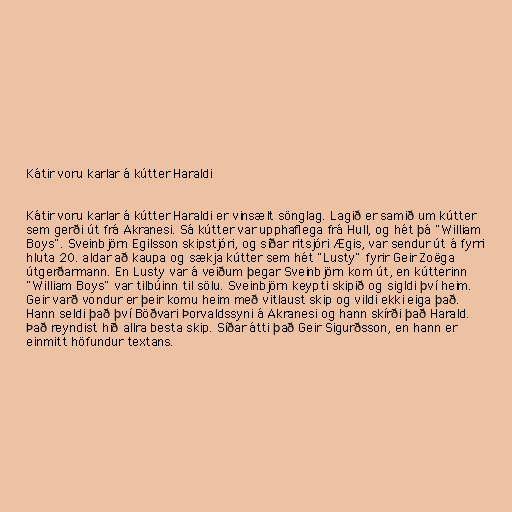
Kátir voru karlar á kútter Haraldi

Kátir voru karlar á kútter Haraldi er vinsælt sönglag. Lagið er samið um kútter
sem gerði út frá Akranesi. Sá kútter var upphaflega frá Hull, og hét þá "William
Boys". Sveinbjörn Egilsson skipstjóri, og síðar ritsjóri Ægis, var sendur út á fyrri
hluta 20. aldar að kaupa og sækja kútter sem hét "Lusty" fyrir Geir Zoëga
útgerðarmann. En Lusty var á veiðum þegar Sveinbjörn kom út, en kútterinn
"William Boys" var tilbúinn til sölu. Sveinbjörn keypti skipið og sigldi því heim.
Geir varð vondur er þeir komu heim með vitlaust skip og vildi ekki eiga það.
Hann seldi það því Böðvari Þorvaldssyni á Akranesi og hann skírði það Harald.
Það reyndist hið allra besta skip. Síðar átti það Geir Sigurðsson, en hann er
einmitt höfundur textans.